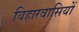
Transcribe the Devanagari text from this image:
बिहारवासियों